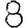
Digit: 8